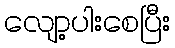
လျော့ပါးစေပြီး